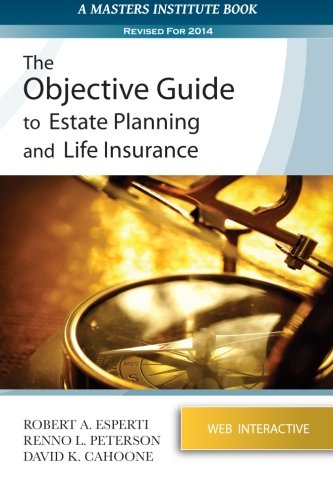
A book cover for The Objective Guide to Estate Planning and Life Insurance; Robert A. Esperti; Business & Money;